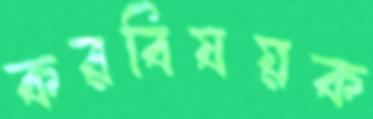
করবিষয়ক